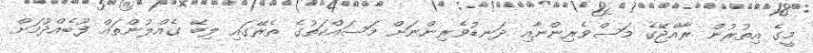
މީގެ އިތުރުން ރާއްޖޭގެ މަސްވެރިންނާއި ދަނޑުވެރިންނަށް މަސައްކަތުގެ ތެރޭގައި ލިބޭ ގެއްލުންތައް ފޫބެއްދުމަށް